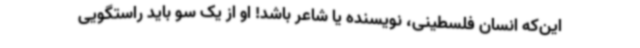
این‌که انسان فلسطینی، نویسنده یا شاعر باشد! او از یک سو باید راستگویی